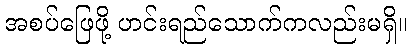
အစပ်ဖြေဖို့ ဟင်းရည်သောက်ကလည်းမရှိ။